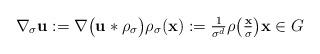
LaTeX: \begin{align*}\nabla_{\sigma} \mathbf{u} := \nabla \big(\mathbf{u} \ast \rho_{\sigma}\big) \rho_{\sigma}(\mathbf{x}) := \tfrac{1}{\sigma^{d}} \rho\big(\tfrac{\mathbf{x}}{\sigma}\big) \mathbf{x} \in G \end{align*}